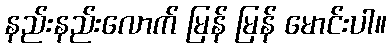
နည်းနည်းလောက် မြန် မြန် မောင်းပါ။